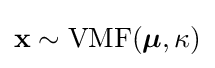
\mathbf {x} \sim {\text{VMF}}({\boldsymbol {\mu }},\kappa )